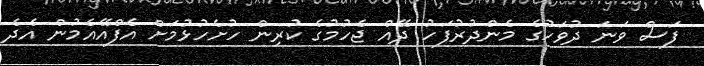
ފަސް ވަނަ ދުވަހުގެ މެންދުރުފަހު ދޭއް ޖެހުމުގެ ކުރިން ހުށެހުޅުމަށް އެފްއޭއެމުން އެދެ